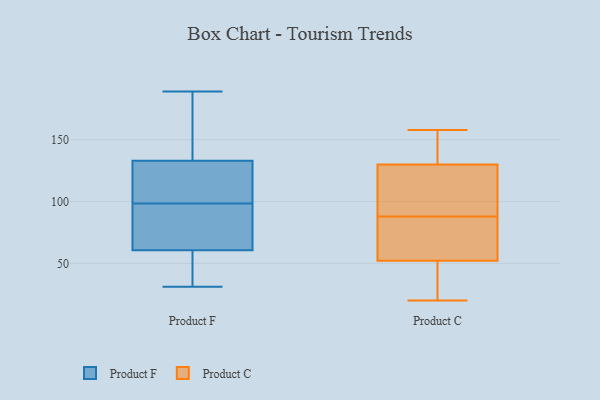
{"axis": {"x": "Production Output", "y": "Value"}, "legend": ["Product C", "Product F"], "data": [{"x": "", "y": 42, "type": "Product F"}, {"x": "", "y": 92, "type": "Product F"}, {"x": "", "y": 101, "type": "Product F"}, {"x": "", "y": 31, "type": "Product F"}, {"x": "", "y": 134, "type": "Product F"}, {"x": "", "y": 152, "type": "Product F"}, {"x": "", "y": 59, "type": "Product F"}, {"x": "", "y": 96, "type": "Product F"}, {"x": "", "y": 104, "type": "Product F"}, {"x": "", "y": 62, "type": "Product F"}, {"x": "", "y": 132, "type": "Product F"}, {"x": "", "y": 189, "type": "Product F"}, {"x": "", "y": 23, "type": "Product C"}, {"x": "", "y": 38, "type": "Product C"}, {"x": "", "y": 130, "type": "Product C"}, {"x": "", "y": 122, "type": "Product C"}, {"x": "", "y": 91, "type": "Product C"}, {"x": "", "y": 147, "type": "Product C"}, {"x": "", "y": 85, "type": "Product C"}, {"x": "", "y": 20, "type": "Product C"}, {"x": "", "y": 118, "type": "Product C"}, {"x": "", "y": 77, "type": "Product C"}, {"x": "", "y": 52, "type": "Product C"}, {"x": "", "y": 158, "type": "Product C"}, {"x": "", "y": 146, "type": "Product C"}, {"x": "", "y": 78, "type": "Product C"}]}